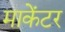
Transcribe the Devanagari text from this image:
माकेंटर